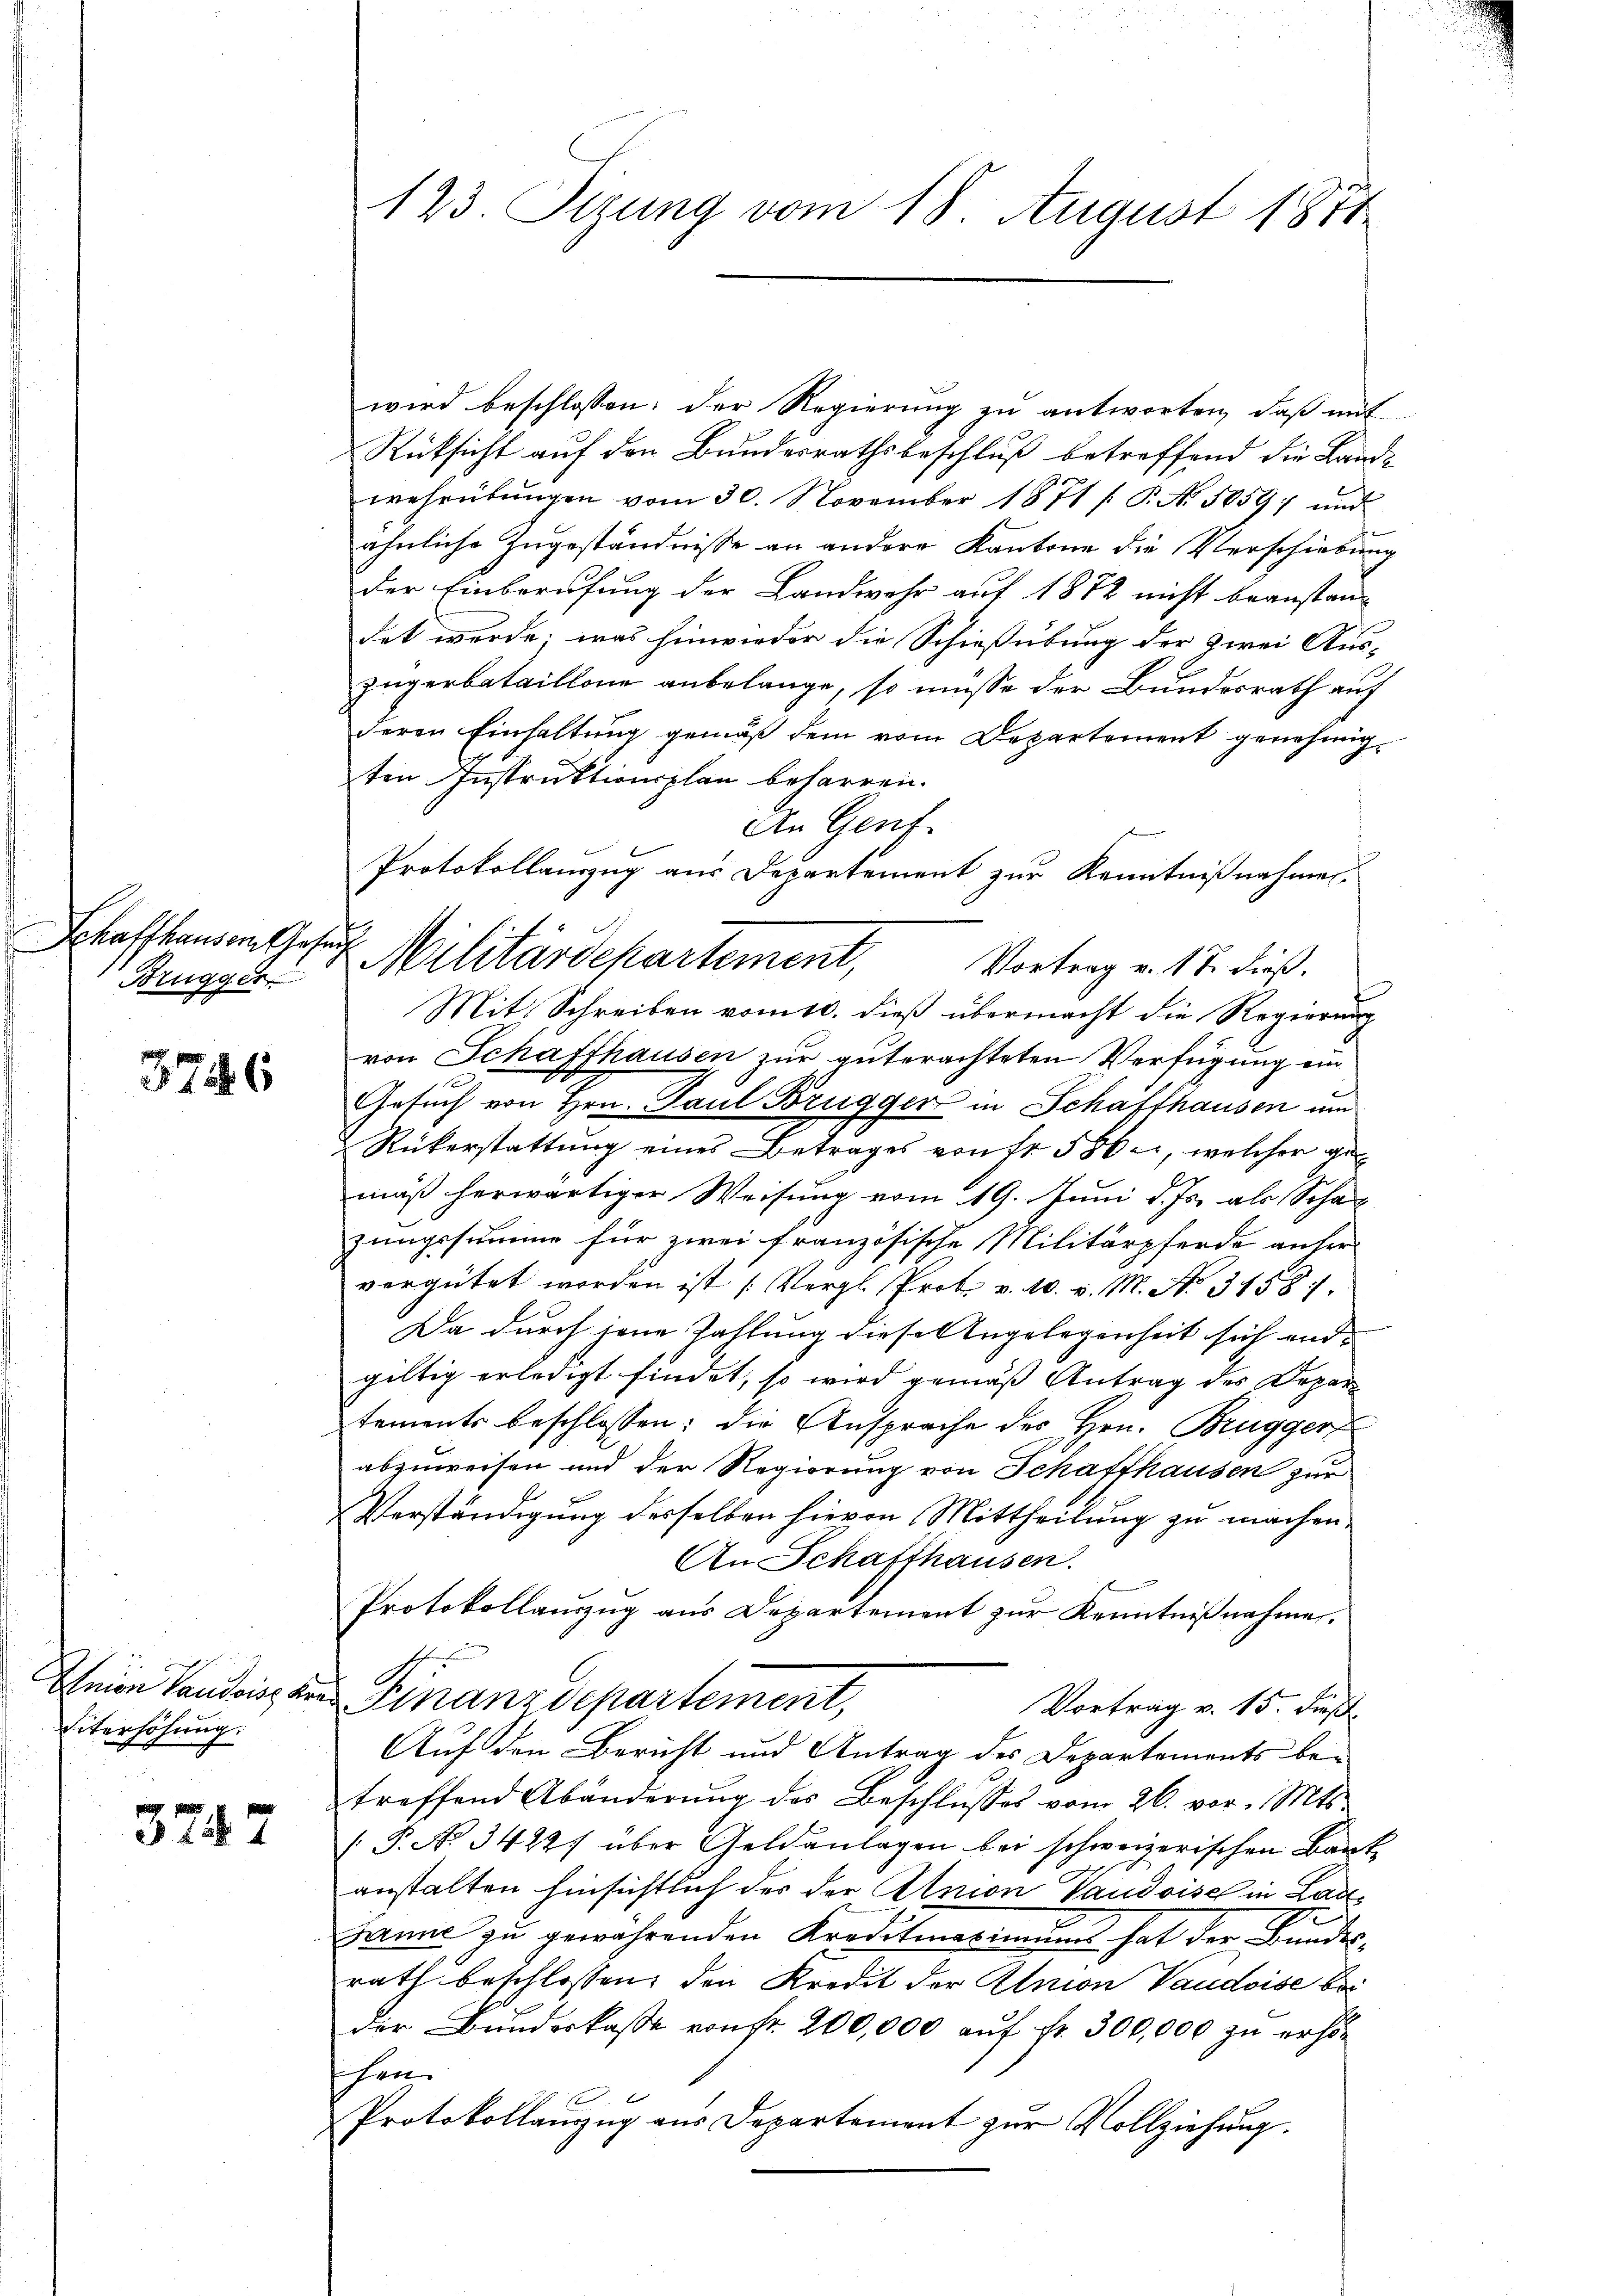
Schaffhausern Jahr
Bruggen

376

Pheien Landring de
Eiterhöhung.

3747

123. Sezung vom 18. August 1871

wird beschlossen: der Regierung zu antworten, daß mit
Rüksicht auf den Bundesrathsbeschluß betreffend die Landwehrübŭngen vom 30. November 1871 /: P. Nr. 1859; und
ähnliche Zugeständnisse an andere Kantone die Verschiebung
der Einberufung der Landwehr auf 1872 nicht beanstandet wurde; was hinwieder die Schießübung der zwei Auszugerbataillone anbelange, so müsse der Bundesrath auf
deren Einhaltung gemäß dem vom Departement genehmigten Instruktionsplan beharren.
An Gent
Protokollauszug aus Departement zur Kenntnißnahmen.
4 Militärdepartement,
Vortrag v. 17. dieß.
Mit Schreiben vom 10. dieß übermacht die Regierung
von Schaffhausen zur guterachteten Verfügung ein
Gesuch von Hrn. Paul Brugger in Schaffhausen um
Rükerstattung eines Betrages von fr. 586, welcher gel
mäß herwärtiger Weisung vom 19. Juni d. Js. als Scha
zungssumme für zwei französische Militärpferde anfer
vergütet worden ist (Vergl. Prot. v. 10. v. M. No 34587.
Da durch jene Zahlung diese Angelegenheit sich endgiltig erledigt findet, so wird gemäß Antrag des Depar
tements beschlossen; die Ansprache des Hrn. Brugger
abzuweisen und der Regierung von Schaffhausen zur
Verständigung desselben hievon Mittheilung zu machen.
An Schafthausen.
.
Protokollauszug aus Departement zŭr Kenntniβnahme.
Finanzdepartement,
Vortrag v. 15. Fuß.
Auf den Bericht und Antrag des Departements beitreffend Abänderŭng des Beschlŭsses vom 26. vor. Mts.
[P. No 3422) über Geldanlagen bei schweizerischen Baute
anstalten hinsichtlich des der Atmon Vaudoisel in Lau¬
Janne zu gewährenden Kreditmariums hat der Bundesrath beschlossen, den Kredit der Atnion Vaudoise bei
der Bundeskasse von fr. 200,000 auf fr. 300,000 zu erhö¬
 |
Protokollanzug aus Departement zur Vollziehung.